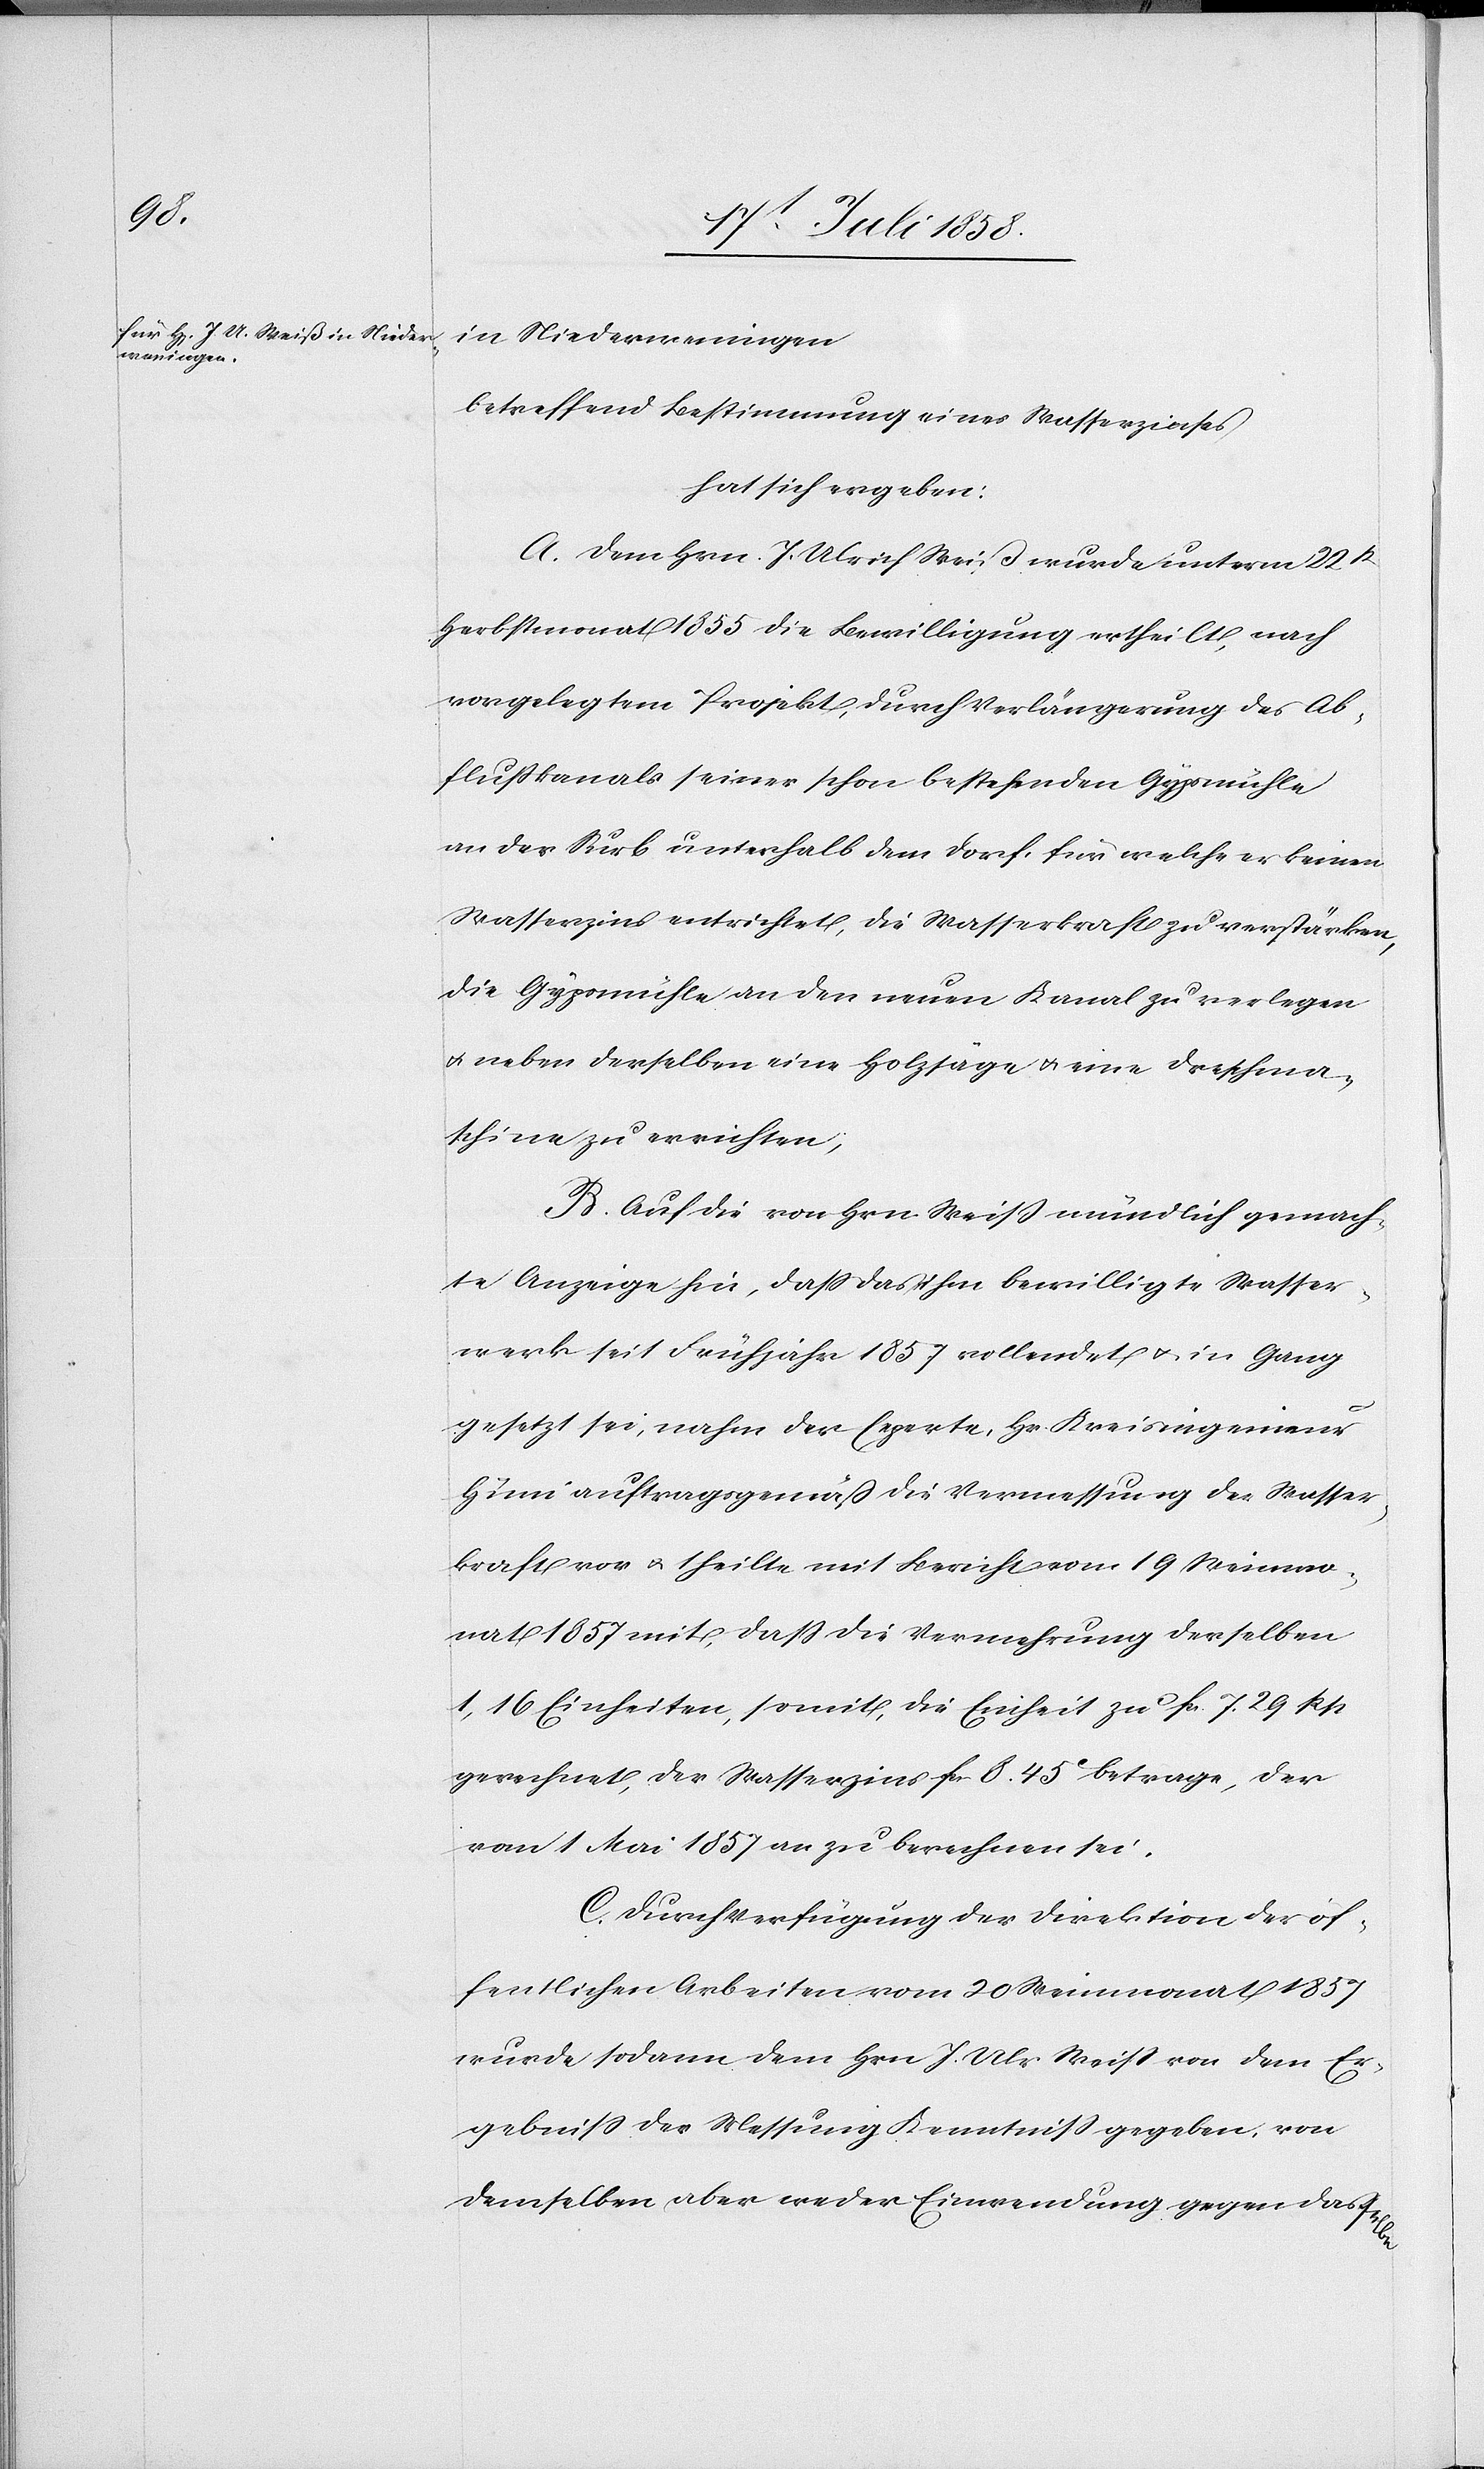
lbe

in Niederweningen
betreffend Bestimmung eines Wasserzinses
hat sich ergeben:
A. Dem Hrn. J. Ulrich Weiß wurde unterm 22st
Herbstmonat 1855 die Bewilligung ertheilt, nach
vorgelegtem Projekt, durch Verlängerung des Ab¬
flußkanals seiner schon bestehenden Gypsmühle
an der Surb unterhalb dem Dorf, für welche er keinen
Wasserzins entrichtet, die Wasserkraft zu verstärken,
die Gypsmühle an den neuen Kanal zu verlegen
& neben derselben eine Holzsäge & eine Dreschma¬
schine zu errichten;
B. Auf die von Hrn. Weiß mündlich gemach¬
te Anzeige hin, dass das ihm bewilligte Wasser¬
werk seit Frühjahr 1857 vollendet & in Gang
gesetzt sei, nahm der Experte, Hr. Kreisingenieur
Hüni auftragsgemäß die Vermessung der Wasser¬
kraft vor & theilte mit Bericht vom 19 Weinmo¬
nat 1857 mit, dass die Vermehrung derselben
1,16 Einheiten, somit, die Einheit zu Fcs. 7. 29 Rp.
gerechnet, der Wasserzins Fcs. 8. 45C betrage, der
vom 1 Mai 1857 an zu berechnen sei.
C. Durch Verfügung der Direktion der öf¬
fentlichen Arbeiten vom 20 Weinmonat 1857
wurde sodann dem Hrn. J. Ulr. Weiss von dem Er¬
gebniss der Messung Kenntniss gegeben, von
demselben aber weder Einwendung gegen dasse¬